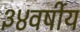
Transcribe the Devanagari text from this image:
३४वर्षीय